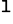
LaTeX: ^\mathtt{l}